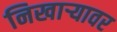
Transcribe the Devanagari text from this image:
निखाऱ्यावर